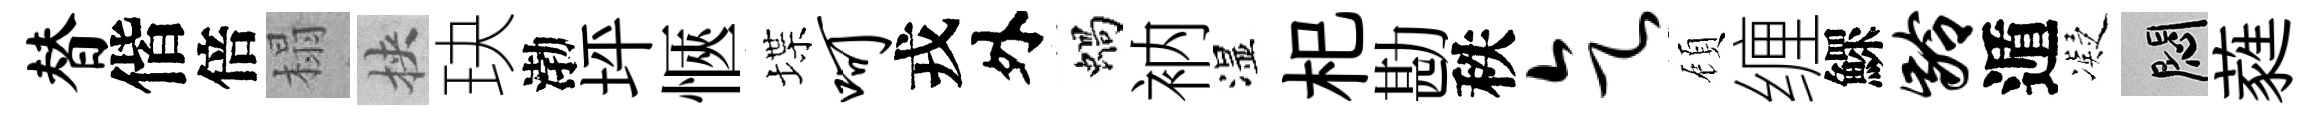
替偕倍榻挾玦渤坪愜堞呵戎外蝸衲湿𣏌勘秩乞頋缠鰥龄遁凝悶蕤